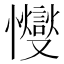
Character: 㦪